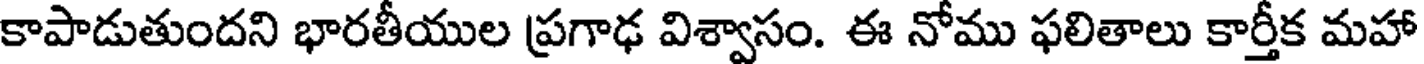
కాపాడుతుందని భారతీయుల ప్రగాఢ విశ్వాసం. ఈ నోము ఫలితాలు కార్తీక మహా